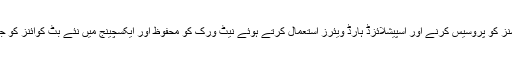
یہ مائنرز ٹرانزیکشنز کو پروسیس کرنے اور اسپیشلائزڈ ہارڈ ویئرز استعمال کرتے ہوئے نیٹ ورک کو محفوظ اور ایکسچینج میں نئے بٹ کوائنز کو جمع بھی کرتے ہیں۔